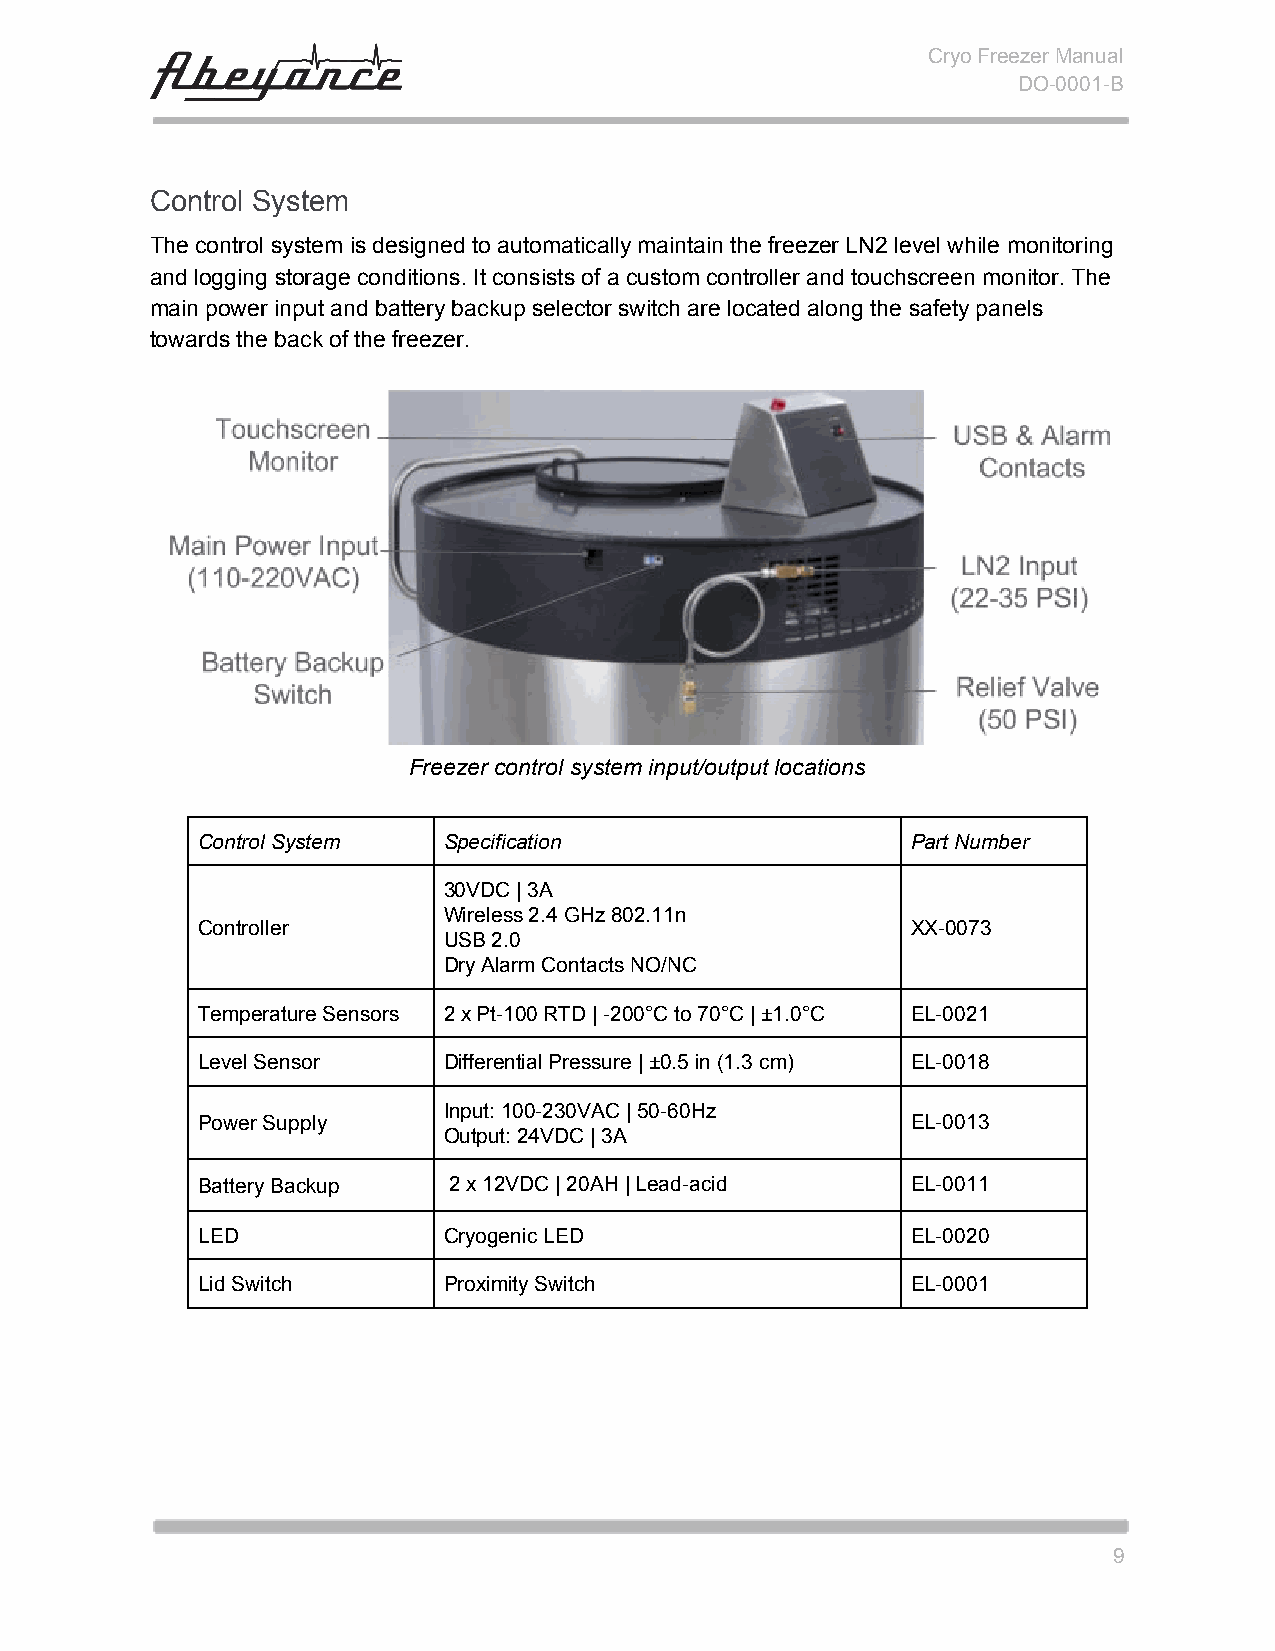
Cryo Freezer Manual
 DO-0001-B
 Control System
 The control system is designed to automatically maintain the freezer LN2 level while monitoring
 and logging storage conditions. It consists of a custom controller and touchscreen monitor. The
 main power input and battery backup selector switch are located along the safety panels
 towards the back of the freezer.
 Freezer control system input/output locations
 Control System  Specification                  Part Number
 30VDC | 3A
 Wireless 2.4 GHz 802.11n
 Controller                                     XX-0073
 USB 2.0
 Dry Alarm Contacts NO/NC
 Temperature Sensors 2 x Pt-100 RTD | -200°C to 70°C | ±1.0°C EL-0021
 Level Sensor    Differential Pressure | ±0.5 in (1.3 cm) EL-0018
 Input: 100-230VAC | 50-60Hz
 Power Supply                                   EL-0013
 Output: 24VDC | 3A
 Battery Backup   2 x 12VDC | 20AH | Lead-acid  EL-0011
 LED             Cryogenic LED                  EL-0020
 Lid Switch      Proximity Switch               EL-0001
 9